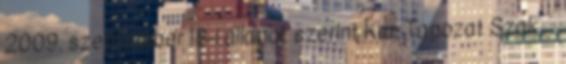
2009. szeptember 18-i állapot szerint Kar Tagozat Szak